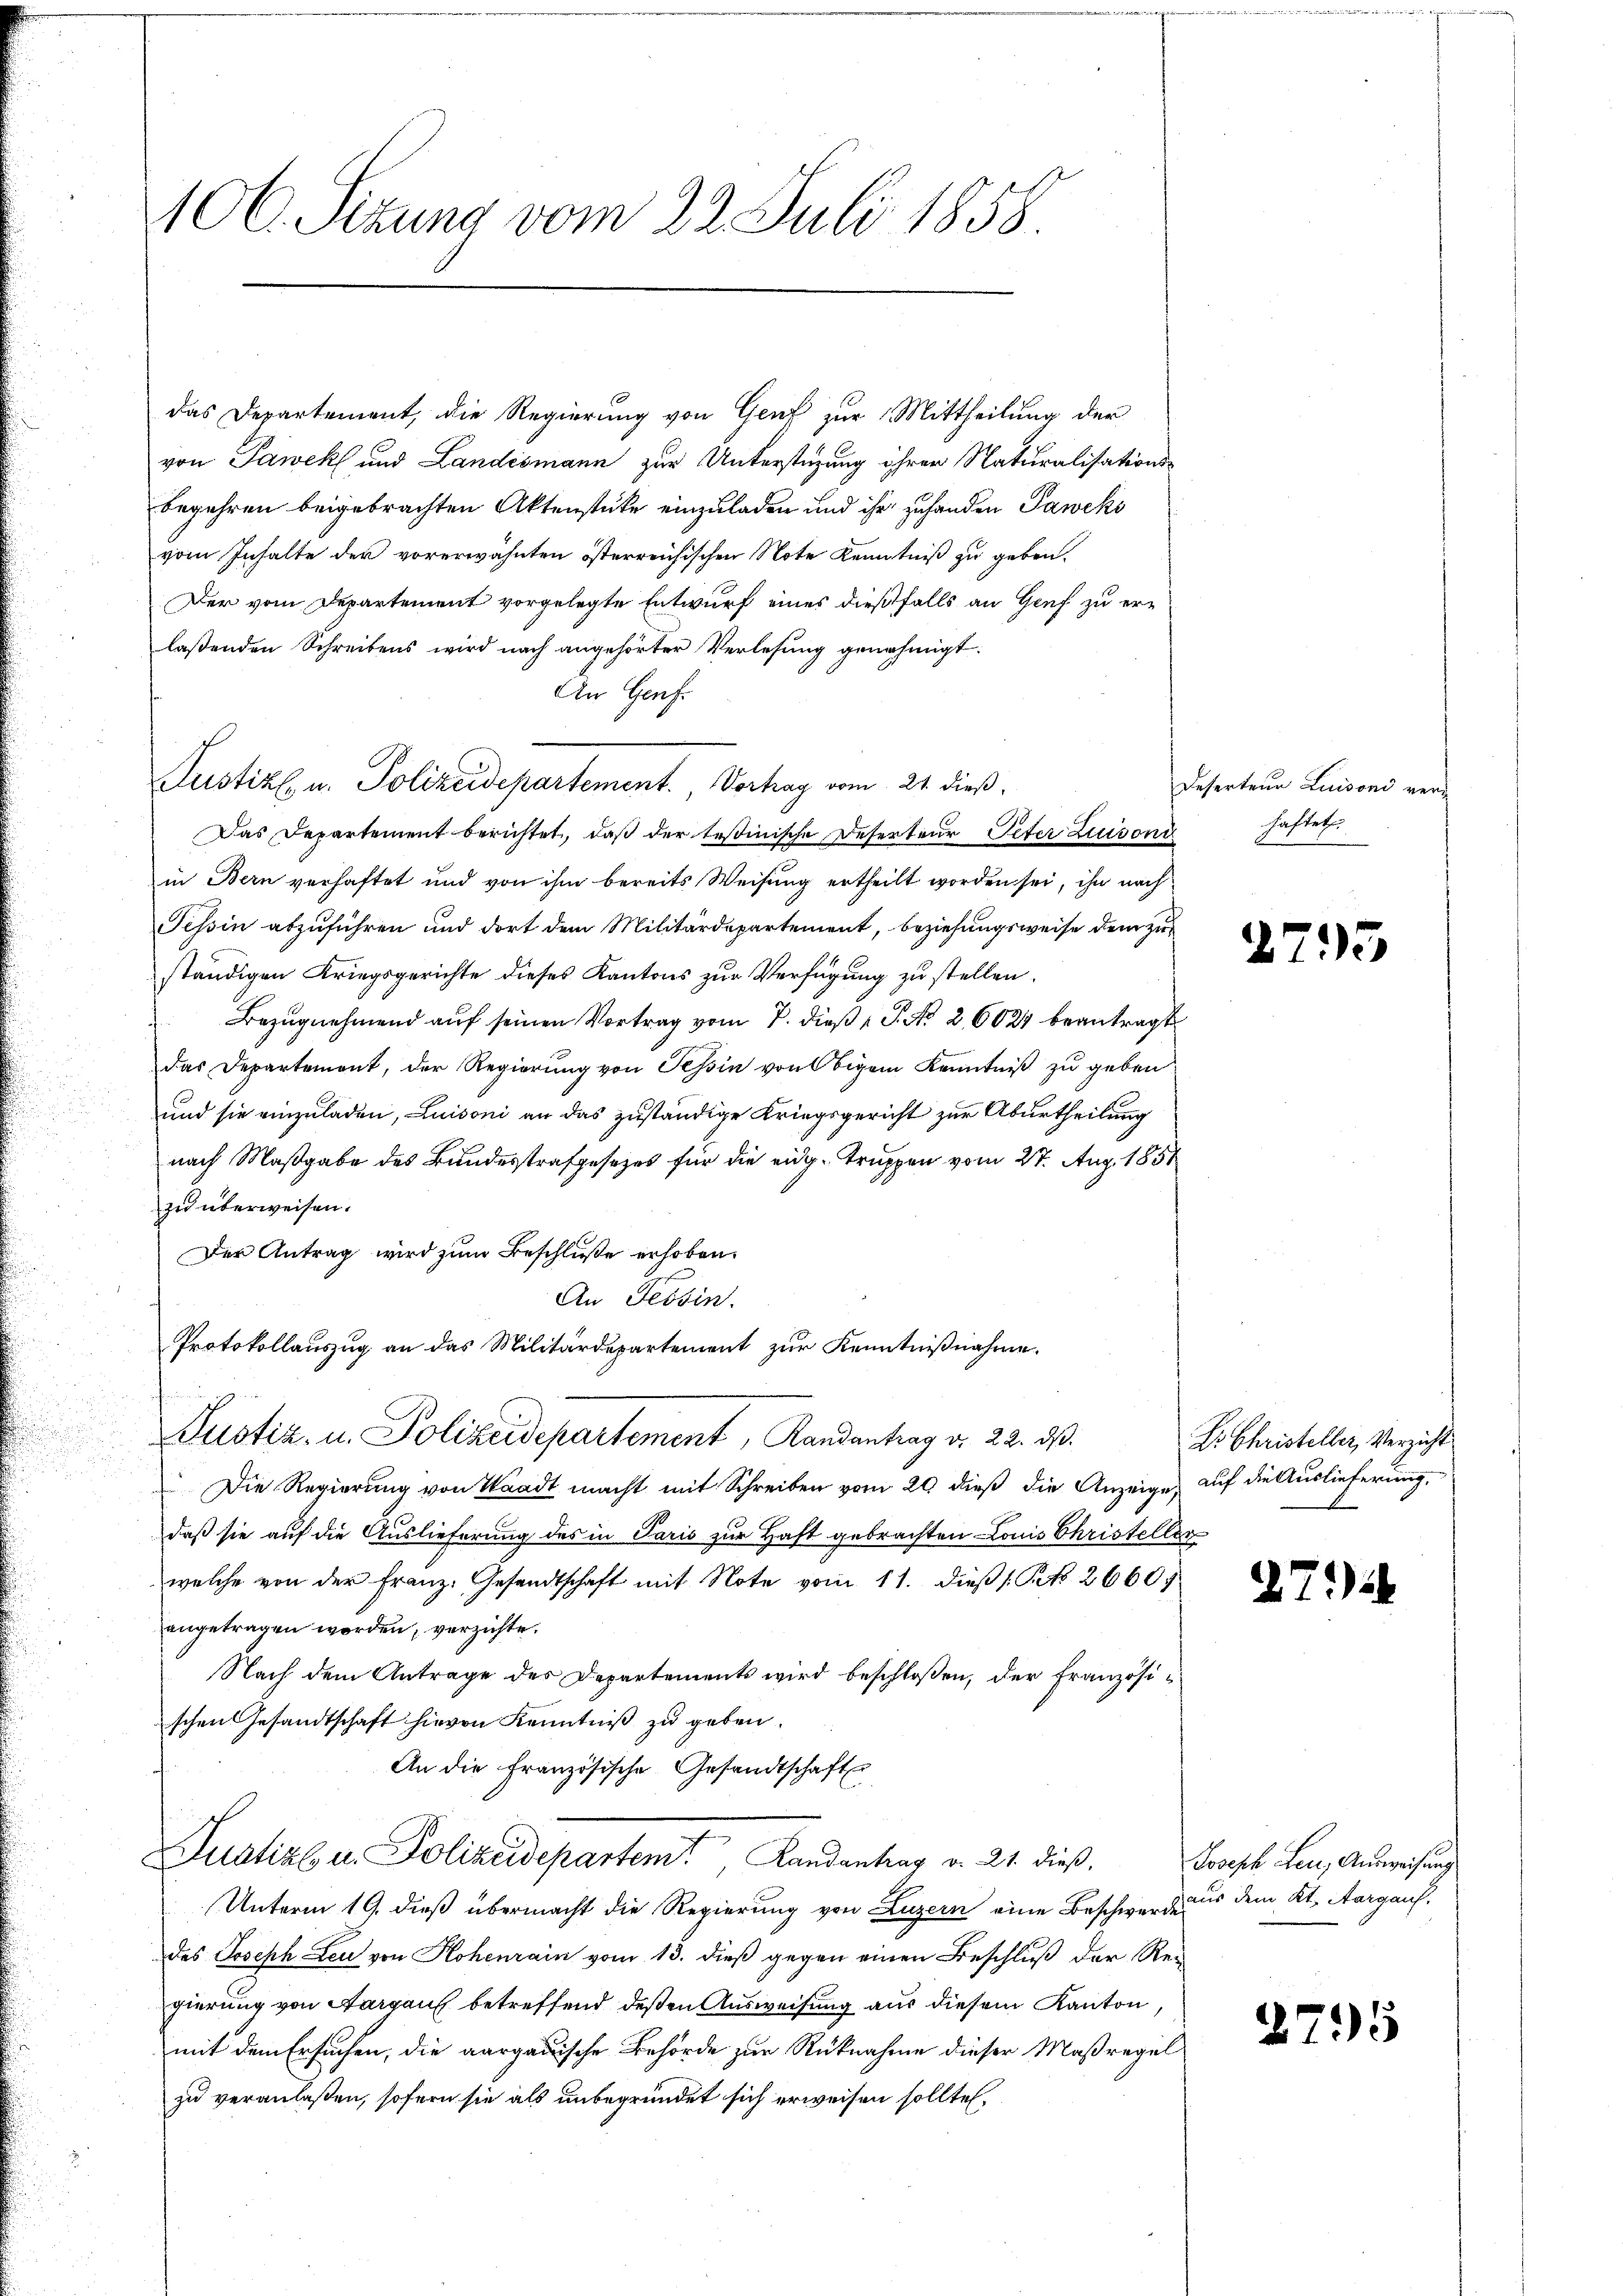
106. Sitzung vom 22. Juli 1858

das Departement, die Regierung von Genf zur Mittheilung der
von Pawek und Landesmann zur Unterstüzung ihrer Naturalisationsbegehren beigebrachten Aktenstücke einzuladen und ihr zu handen Paweks
vom Inhalte der vorerwähnten österreichischen Note Kenntniß zu geben.
Der vom Departement vorgelegte Entwurf eines dießfalls an Genf zu erlaßenden Schreibens wird nach angehörter Verlesung genehmigt.
An Genf.
Justiz, u. Polizeidepartement. Vortrag vom 21. dieß.
Das Departement berichtet, daβ der testinische Deserteur Peter Luison haftet.
in Bern verhaftet und von ihm bereits Weisung ertheilt worden sei, ihn nach
Tessin abzuführen und dort dem Militärdepartement, beziehungsweise dem zur
ständigen Kriegsgerichte dieses Kantons zur Verfügung zu stellen.
Bezugnehmend auf seinen Vortrag vom 7. dieß P. No. 26021 beantragt
das Departemont, der Regierung von Tessin von Obigem Kenntniß zu geben
und sie einzuladen, Luisoni an das zuständige Kriegsgericht zur Aburtheilung
nach Maßgabe des Bundesstrafgesezes für die eidg. Truppen vom 27. Aug. 1858
zu überweisen.
Der Antrag wird zum Beschluße erhoben.
An Tessin.
Protokollauszug an das Militärdepartement zur Kenntnißnahme.
Justiz- u. Polizeidepartement, Randantrag d. 22. ds.
Die Regierung von Waadt macht mit Schreiben vom 20. dieß die Anzeige, auf die Auslieferung,
daß sie auf die Auslieferung des in Paris zur Haft gebrachten Louis Christeller
welche von der Franz. Gesandtschaft mit Note vom 11. dieβ (: Pto 2660.
angetragen worden, verzichte.
Nach dem Antrage des Departements wird beschloßen, der Französis
schen Gesandtschaft hievon Kenntniß zu geben.
An die Französische Gesandtschaft
Justiz u. Polizeidepartem Randantrag v. 21. dieß.
Unterm 19. dieß übermacht die Regierung von Luzern eine Beschwerdens dem Kt. Aargaufdes Joseph Leu von Hohenrain vom 13. dieß gegen einen Beschluß der Re-
gierung von Aargauf betreffend deßen Ausweisung aus diesem Kanton,
mit dem Ersuchen, die aargauische Behörde zur Rücknahme dieser Maßregel
zu veranlaßen, sofern sie als unbegründet sich erweisen sollte,

Deserteur Luisoni ver¬

¬

d

1295

Dr. Christeller, Verzicht

7

Joseph Leu, Ausweisung

2795